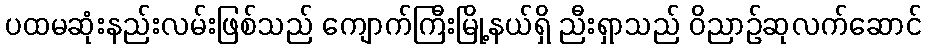
ပထမဆုံးနည်းလမ်းဖြစ်သည် ကျောက်ကြီးမြို့နယ်ရှိ ညီးရှာသည် ဝိညာဉ်ဆုလက်ဆောင်